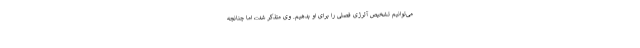
می‌توانیم تشخیص آلرژی فصلی را برای او بدهیم. وی متذکر شد:، اما چنانچه